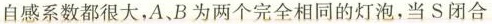
自感系数都很大，A、B为两个完全相同的灯泡，当S闭合